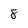
Character: 8